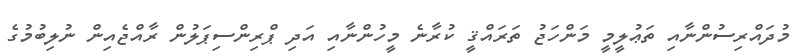
މުދައްރިސުންނާއި ތަޢުލީމީ މަންހަޖު ތަރައްޤީ ކުރާނެ މީހުންނާއި އަދި ޕްރިންސިޕަލުން ރާއްޖެއިން ނުލިބުމުގެ